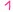
Text: 1